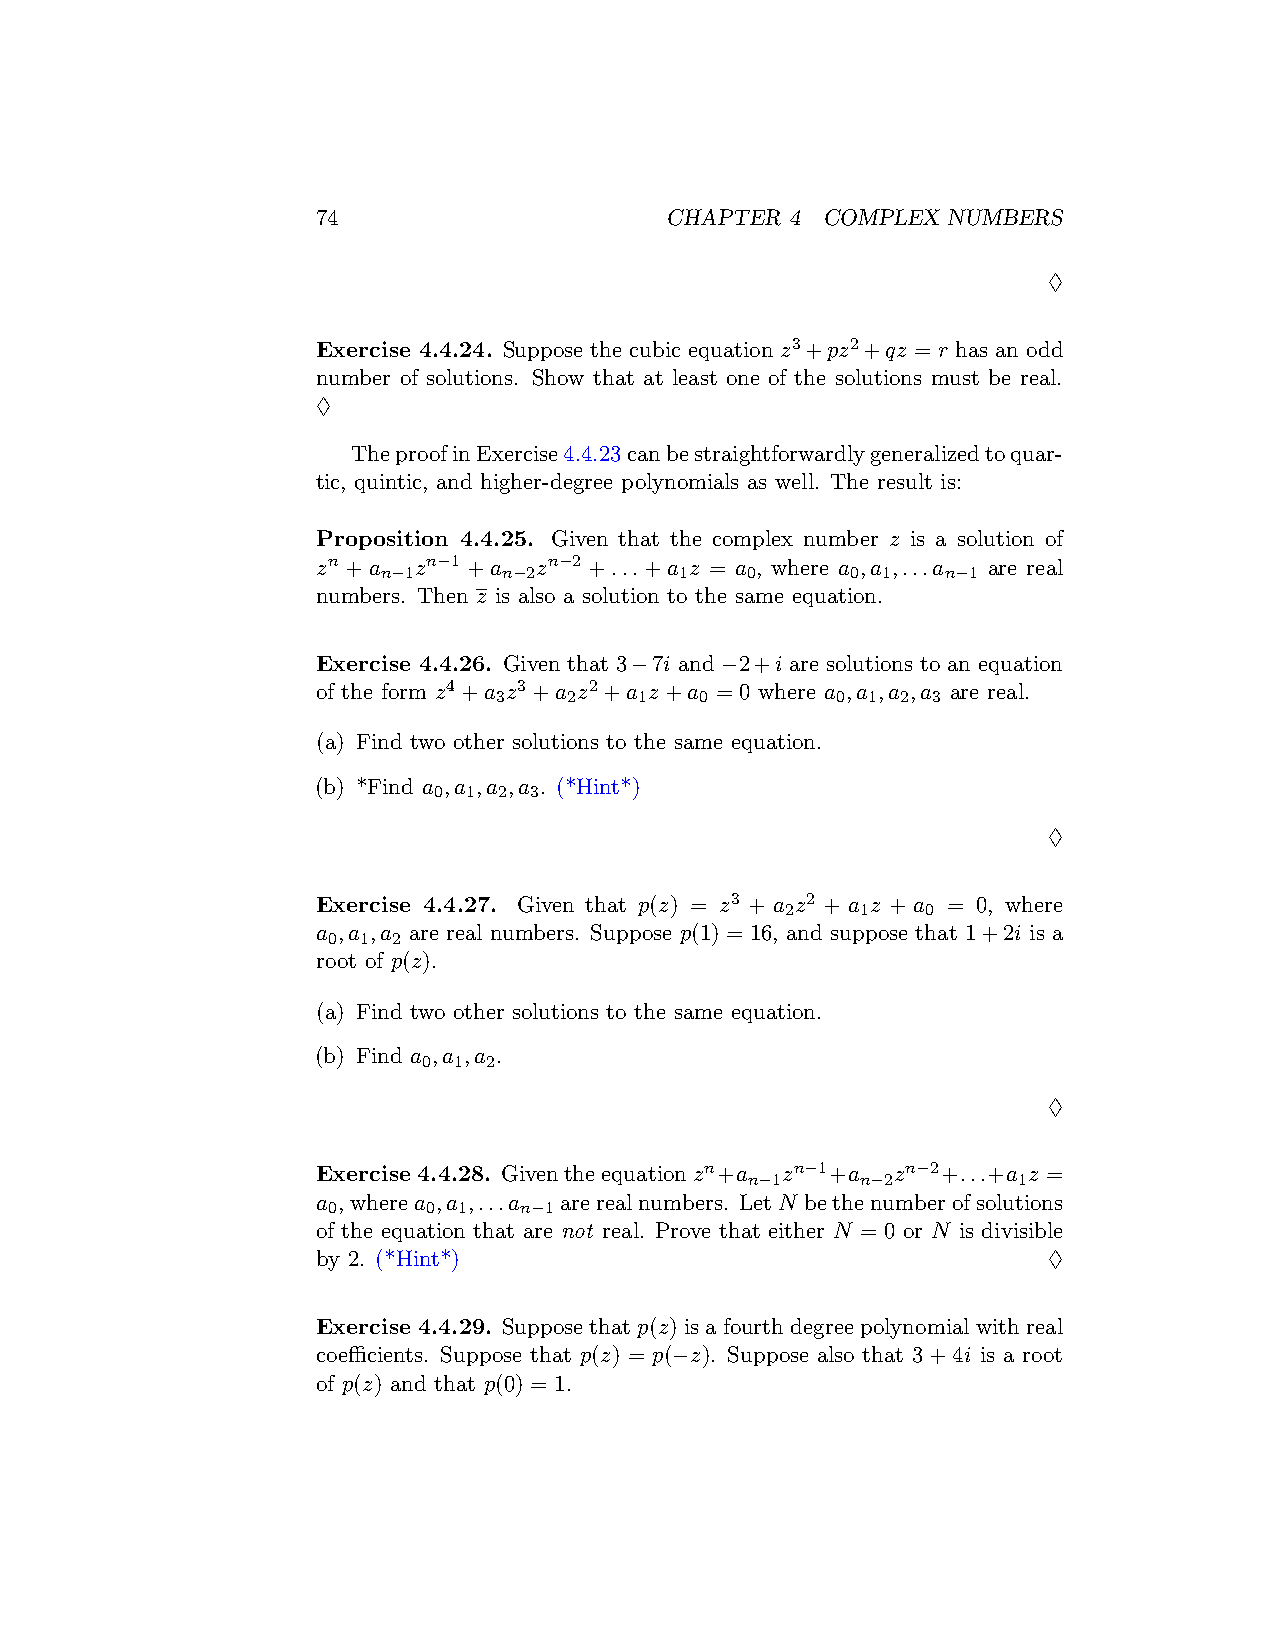
74                     CHAPTER 4 COMPLEX  NUMBERS
 ♢
 Exercise 4.4.24. Suppose the cubic equation z3+pz2+qz = r has an odd
 number of solutions. Show that at least one of the solutions must be real.
 ♢
 TheproofinExercise4.4.23canbestraightforwardlygeneralizedtoquar-
 tic, quintic, and higher-degree polynomials as well. The result is:
 Proposition 4.4.25. Given that the complex number z is a solution of
 zn +a zn−1 +a  zn−2 +...+a z = a , where a ,a ,...a are real
 n−1     n−2         1   0      0 1    n−1
 numbers. Then z is also a solution to the same equation.
 Exercise 4.4.26. Given that 3−7i and −2+i are solutions to an equation
 of the form z4+a z3+a z2+a z+a = 0 where a ,a ,a ,a are real.
 3    2   1   0        0 1  2 3
 (a) Find two other solutions to the same equation.
 (b) *Find a ,a ,a ,a . (*Hint*)
 0 1 2 3
 ♢
 Exercise 4.4.27. Given that p(z) = z3 + a z2 + a z + a = 0, where
 2    1   0
 a ,a ,a are real numbers. Suppose p(1) = 16, and suppose that 1+2i is a
 0 1 2
 root of p(z).
 (a) Find two other solutions to the same equation.
 (b) Find a ,a ,a .
 0 1 2
 ♢
 Exercise 4.4.28. Giventheequationzn+a zn−1+a zn−2+...+a z =
 n−1    n−2       1
 a ,wherea ,a ,...a arerealnumbers. LetN bethenumberofsolutions
 0     0 1   n−1
 of the equation that are not real. Prove that either N = 0 or N is divisible
 by 2. (*Hint*)                                  ♢
 Exercise 4.4.29. Supposethatp(z)isafourthdegreepolynomialwithreal
 coefficients. Suppose that p(z) = p(−z). Suppose also that 3+4i is a root
 of p(z) and that p(0) = 1.